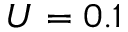
U = 0 . 1